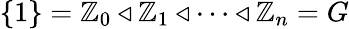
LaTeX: \{ 1\} =\mathbb{Z}_{0}\triangleleft\mathbb{Z}_{1}\triangleleft\dots\triangleleft\mathbb{Z}_{n}=G